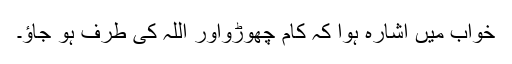
خواب میں اشارہ ہوا کہ کام چھوڑواور اللہ کی طرف ہو جاؤ۔